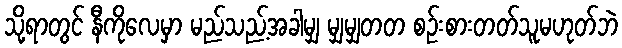
သို့ရာတွင် နီကိုလေမှာ မည်သည့်အခါမျှ မျှမျှတတ စဉ်းစားတတ်သူမဟုတ်ဘဲ